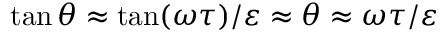
\tan \theta \approx \tan ( \omega \tau ) / \varepsilon \approx \theta \approx \omega \tau / \varepsilon